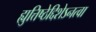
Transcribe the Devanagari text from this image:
ह्युत्तिष्ठेद्दिशेऽनत्वा